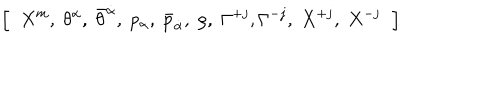
LaTeX: \left[ \; \; X ^ { m } , \; \theta ^ { \alpha } , \; \bar { \theta } ^ { \dot { \alpha } } , \; p _ { \alpha } , \; \bar { p } _ { \dot { \alpha } } , \; \rho , \; \Gamma ^ { + j } , \Gamma ^ { - j } , \; X ^ { + j } , \; X ^ { - j } \; \; \right] \nonumber